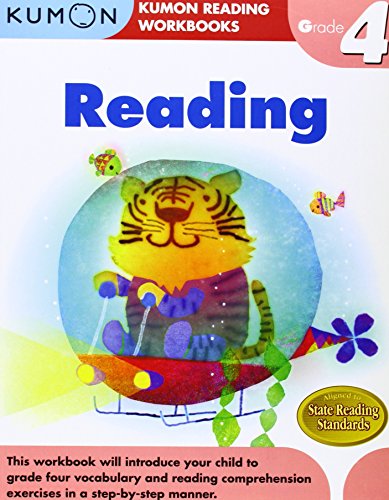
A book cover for Grade 4 Reading (Kumon Reading Workbooks); Kumon Publishing; Education & Teaching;